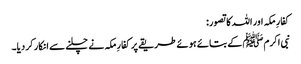
کفارِ مکہ اور اللہ کا تصور:
نبی اکرمﷺ کے بتائے ہوئے طریقے پر کفارِ مکہ نے چلنے سے انکار کر دیا۔